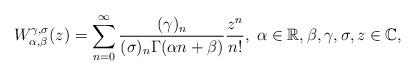
LaTeX: \begin{align*}W_{\alpha,\beta}^{\gamma,\sigma}(z)=\sum_{n=0}^\infty\frac{(\gamma)_n}{(\sigma)_n\Gamma(\alpha n+\beta)}\frac{z^n}{n!},\;\alpha\in\mathbb{R},\beta,\gamma,\sigma,z\in\mathbb{C},\end{align*}